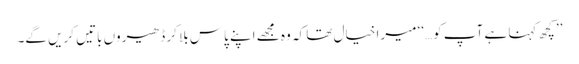
’’کچھ کہنا ہے آپ کو…‘‘ میرا خیال تھا کہ وہ مجھے اپنے پاس بلا کر ڈھیروں باتیں کریں گے۔